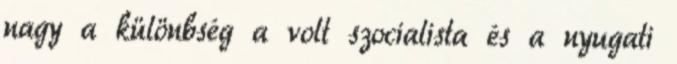
nagy a különbség a volt szocialista és a nyugati